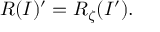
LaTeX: { \cal R } ( I ) ^ { \prime } = { \cal R } _ { \zeta } ( I ^ { \prime } ) .